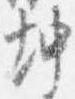
坤